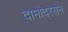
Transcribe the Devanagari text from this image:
दामोदरसेन